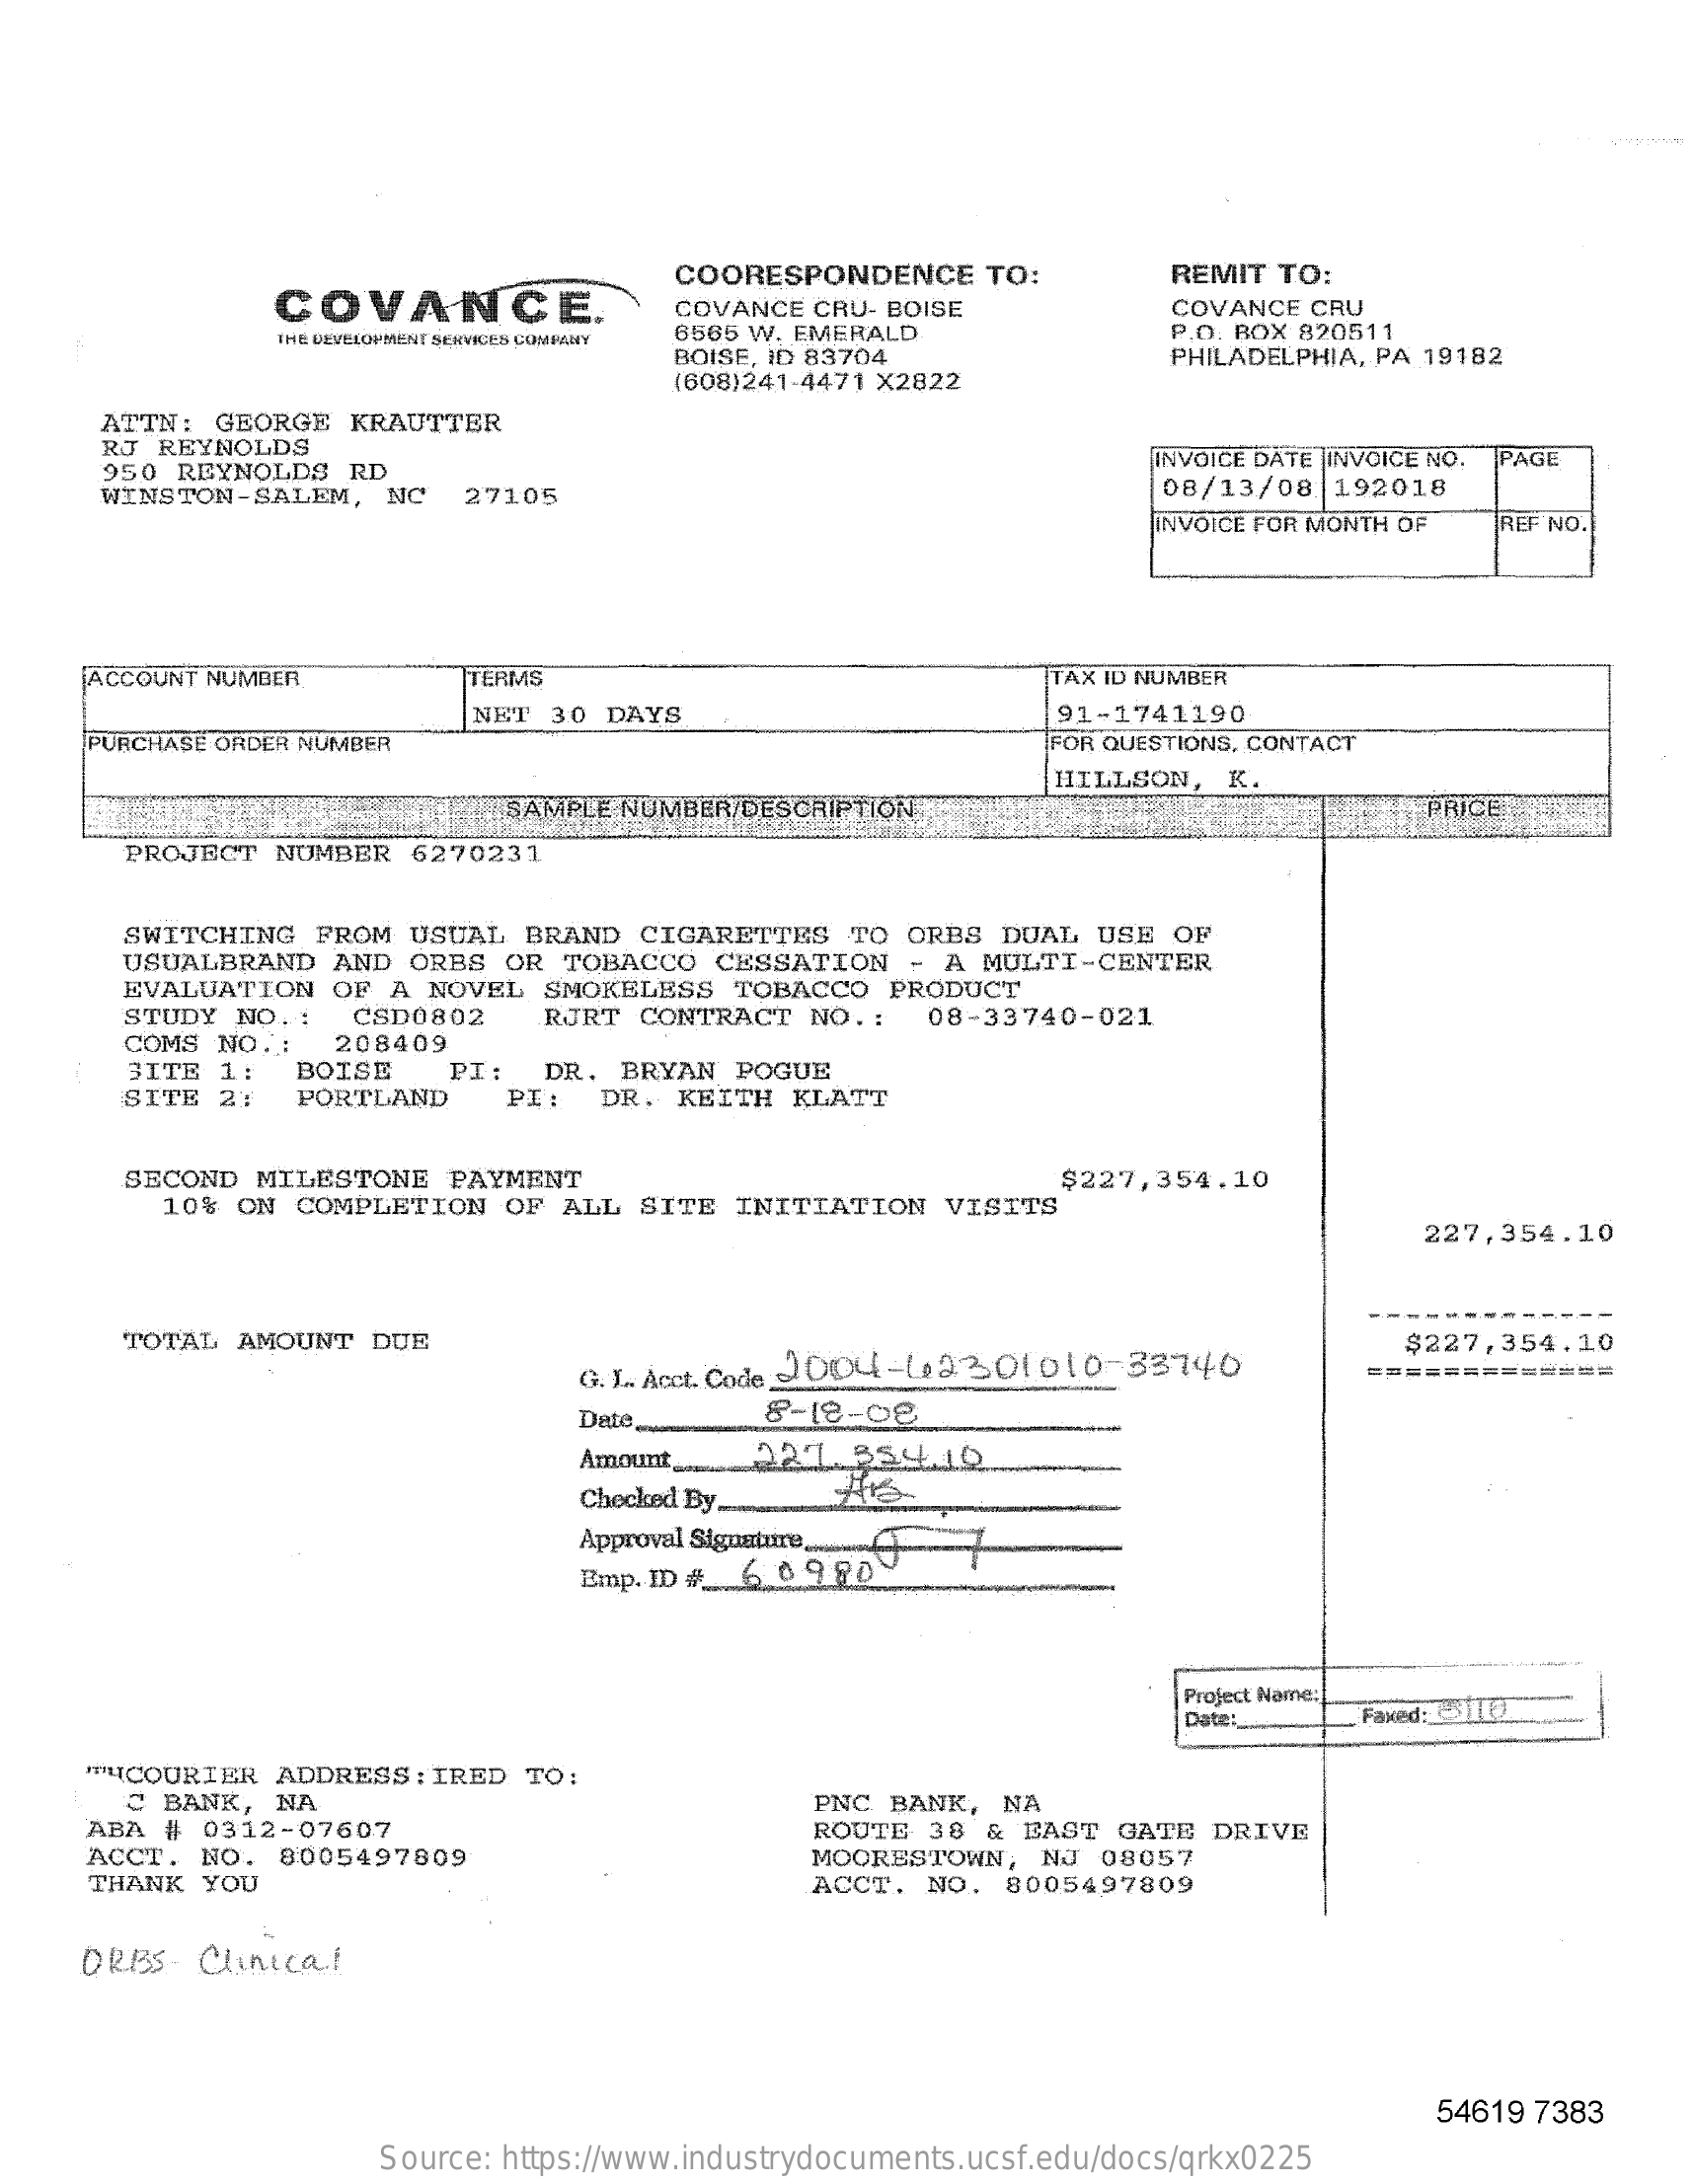
COVANCE.
     COORESPONDENCE    TO:    REMIT  TO:
     COVANCE  CRU- BOISE    COVANCE  CRU
     THE DEVELOPMENT SERVICES COMPANY 6565 W. EMERALD    P.O. BOX 820511
     BOISE, ID 83704    PHILADELPHIA, PA 19182
     (608)241-4471 X2822
     ATTN:  GEORGE  KRAUTTER
     RJ REYNOLDS
     950 REYNOLDS   RD
     INVOICE DATE INVOICE NO. PAGE
     WINSTON-SALEM,   NC    27105    08/13/08   192018
     INVOICE FOR MONTH OF  REF NO.
     ACCOUNT NUMBER    TERMS    TAX ID NUMBER
     NET  30 DAYS    91-1741190
     PURCHASE ORDER NUMBER    FOR QUESTIONS, CONTACT
     SAMPLE NUMBER/DESCRIPTION
     HILLSON,   K.
     PRICE
     PROJECT  NUMBER   6270231
     SWITCHING   FROM  USUAL  BRAND   CIGARETTES   TO ORBS  DUAL  USE  OF
     USUALBRAND   AND  ORBS  OR  TOBACCO  CESSATION    - A MULTI-CENTER
     EVALUATION   OF  A NOVEL   SMOKELESS   TOBACCO  PRODUCT
     STUDY  NO. :   CSD0802    RJRT  CONTRACT  NO .:   08-33740-021
     COMS  NO .:   208409
     BITE  1:   BOISE
     SITE  2:
     PI:   DR. BRYAN   POGUE
     PORTLAND    PI:   DR.  KEITH  KLATT
     SECOND  MILESTONE   PAYMENT
     10% ON  COMPLETION   OF  ALL  SITE  INITIATION   VISITS
     $227,354.10
     227,354.10
     TOTAL  AMOUNT  DUE
     G. I. Acct. Code 9.004-62301010-33746
     $227,354.10
     =============
     Dete.    8-18-08
     Amount .... 021  35410
     Checked By
     Approval Signature.    7
     Emp. ID # 6 0980
     Project Name:
     Date:    Faxed:12
     "PHCOURIER ADDRESS  : IRED  TO:
     C BANK,  NA    PNC BANK,   NA
     ABA #  0312-07607
     ACCT.  NO.  8005497809
     ROUTE  38 &  EAST  GATE  DRIVE
     THANK  YOU
     MOORESTOWN,   NJ  08057
     ACCT.  NO.  8005497809
     ORBS- Clinical
     54619 7383
     Source: https://www.industrydocuments.ucsf.edu/docs/qrkx0225